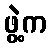
ဖွဲ့က